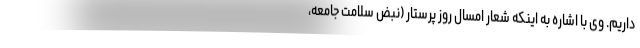
داریم. وی با اشاره به اینکه شعار امسال روز پرستار (نبض سلامت جامعه،